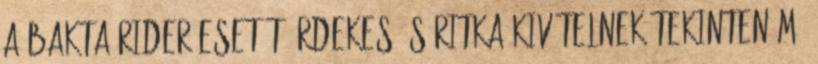
a Bakta Rider esetét érdekes és ritka kivételnek tekinteném.